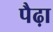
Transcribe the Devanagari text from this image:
पैढ़ा